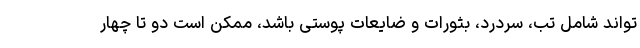
تواند شامل تب، سردرد، بثورات و ضایعات پوستی باشد، ممکن است دو تا چهار